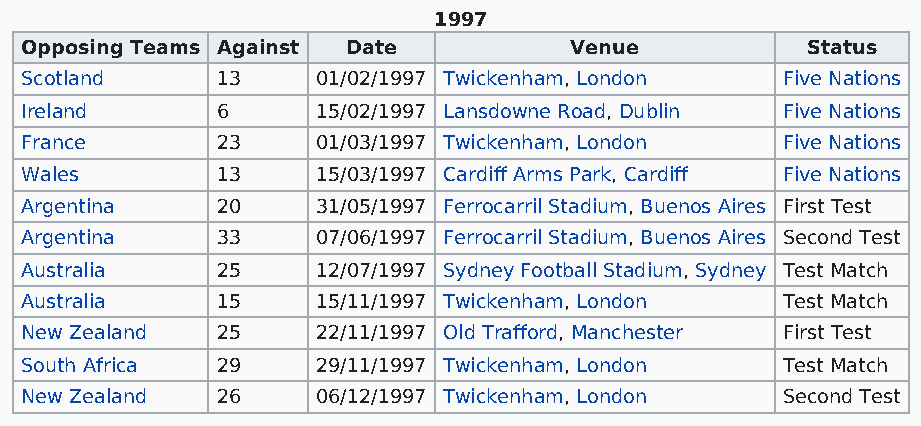
1997
 Opposing Teams Against Date          Venue          Status
 Scotland     13     01/02/1997 Twickenham, London  Five Nations
 Ireland      6      15/02/1997 Lansdowne Road, Dublin Five Nations
 France       23     01/03/1997 Twickenham, London  Five Nations
 Wales        13     15/03/1997 Cardiff Arms Park, Cardiff Five Nations
 Argentina    20     31/05/1997 Ferrocarril Stadium, Buenos Aires First Test
 Argentina    33     07/06/1997 Ferrocarril Stadium, Buenos Aires Second Test
 Australia    25     12/07/1997 Sydney Football Stadium, Sydney Test Match
 Australia    15     15/11/1997 Twickenham, London  Test Match
 New Zealand  25     22/11/1997 Old Trafford, Manchester First Test
 South Africa 29     29/11/1997 Twickenham, London  Test Match
 New Zealand  26     06/12/1997 Twickenham, London  Second Test